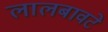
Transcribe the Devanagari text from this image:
लालबावटे